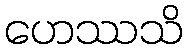
ဟေဿသိ